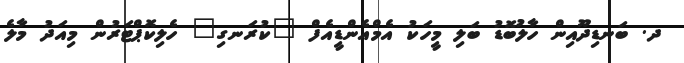
ދ. ބަނޑިދޫއިން ހާލުބޮޑު ބަލި މީހަކު އެމްއެންޑީއެފް "ކުރަނގި" ހެލިކޮޕްޓަރުން މިއަދު މާލެ